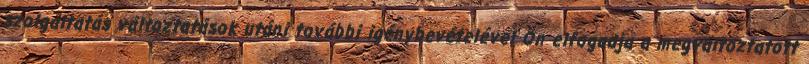
szolgáltatás változtatások utáni további igénybevételével Ön elfogadja a megváltoztatott